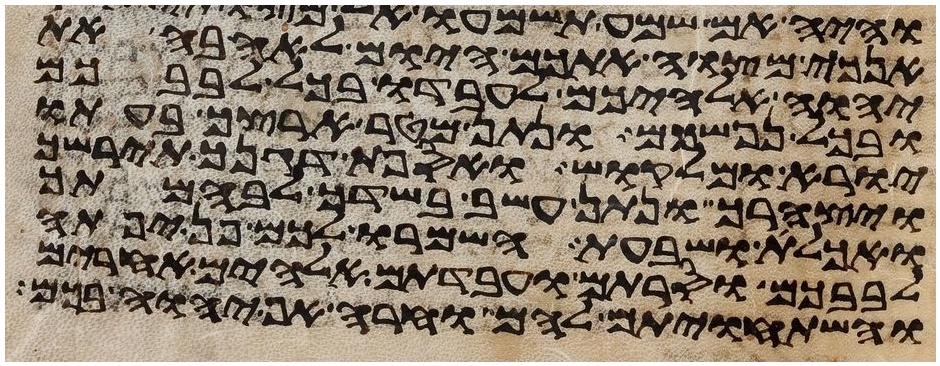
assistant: אנכי מצוה אתכם היום לאהבה את
יהוה אלהיכם לעבדו בכל לבבכם
ובכל נפשכם ונתן מטר ארצך בעתו
יורא ומלקוש ואספת דגנך תירשך
ויצהרך ונתן עשב בשדך לבהמתך
ואכלת ושבעת השמרו לכם פן יפתה
לבבכם וסרתם ועבדתם אלהים אחרים
והשתחויתם להם וחרה אף יהוה בכם